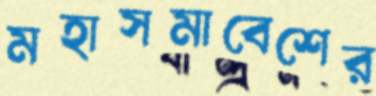
মহাসমাবেশের